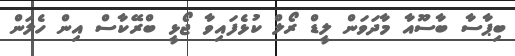
ބިޕާސާ ބާސޫއާ މާދަވަން ލީޑް ރޯލް ކުޅެފައިވާ ޖޯޅީ ބްރޭކާސް އިން ހެލަން